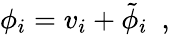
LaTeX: \phi_{i}=v_{i}+\tilde{\phi}_{i}~~,